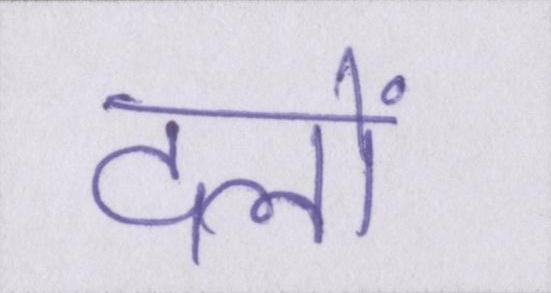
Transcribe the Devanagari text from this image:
दलों